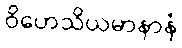
ဝိဟေသိယမာနာနံ